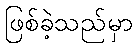
ဖြစ်ခဲ့သည်မှာ